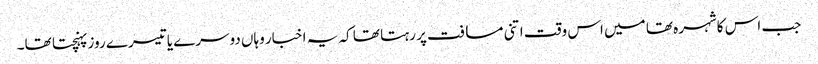
جب اس کاشہرہ تھا میں اس وقت اتنی مسافت پر رہتا تھا کہ یہ اخبار وہاں دوسرے یا تیسرے روز پہنچتا تھا۔